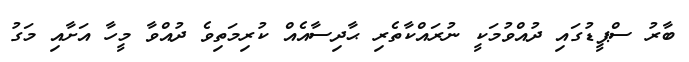
ބާރު ސްޕީޑުގައި ދުއްވުމަކީ ނުރައްކާތެރި ޙާދިސާއެއް ކުރިމަތިވެ ދުއްވާ މީހާ އަށާއި މަގު